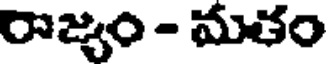
రాజ్యం - మతం